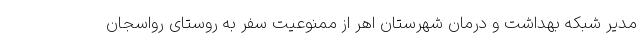
مدیر شبکه بهداشت و درمان شهرستان اهر از ممنوعیت سفر به روستای رواسجان